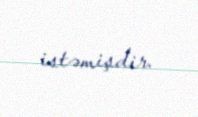
istəmişdir.